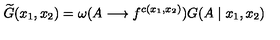
\widetilde { G } ( x _ { 1 } , x _ { 2 } ) = \omega ( A \longrightarrow f ^ { c ( x _ { 1 } , x _ { 2 } ) } ) G ( A \mid x _ { 1 } , x _ { 2 } )